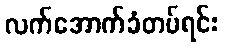
လက်အောက်ခံတပ်ရင်း